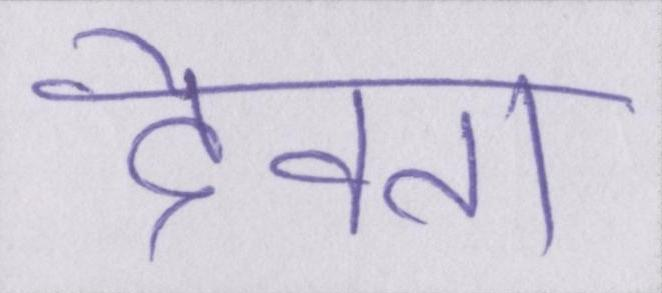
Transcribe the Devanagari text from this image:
देवता